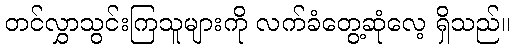
တင်လွှာသွင်းကြသူများကို လက်ခံတွေ့ဆုံလေ့ ရှိသည်။